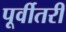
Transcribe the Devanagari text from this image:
पूर्वीतरी